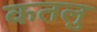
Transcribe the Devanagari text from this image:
कतलु